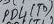
Text: PD4